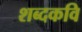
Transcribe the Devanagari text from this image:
शब्दकवि